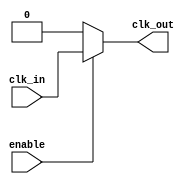
module clock_gating_cell (
    input wire clk_in,
    input wire enable,
    output wire clk_out
);
    // Clock gating logic
    assign clk_out = enable ? clk_in : 1'b0; // If enabled, pass the clock; otherwise, output 0
endmodule